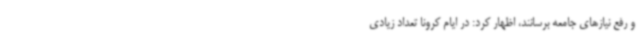
و رفع نیازهای جامعه برسانند، اظهار کرد: در ایام کرونا تعداد زیادی